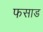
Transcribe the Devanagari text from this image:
फसाड